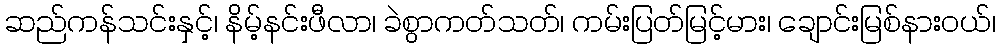
ဆည်ကန်သင်းနှင့်၊ နိမ့်နင်းဖီလာ၊ ခဲစွာကတ်သတ်၊ ကမ်းပြတ်မြင့်မား၊ ချောင်းမြစ်နားဝယ်၊